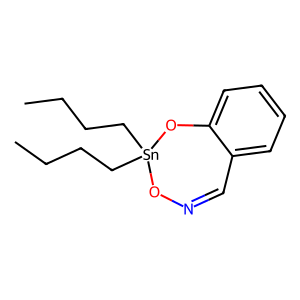
SMILES: CCCC[Sn]1(CCCC)ON=Cc2ccccc2O1
Inhibits HIV replication: No